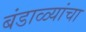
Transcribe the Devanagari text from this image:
बंडाळ्यांचा